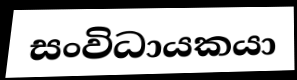
සංවිධායකයා